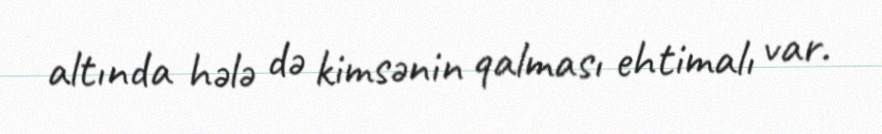
altında hələ də kimsənin qalması ehtimalı var.